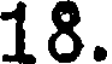
18.